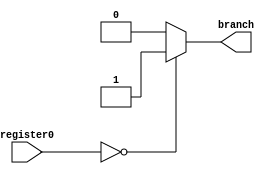
module branch_logic (input [7:0] register0, output reg branch);
	always@(register0)
		if (register0 == 8'b00000000)
		branch=1;
		else 
		branch=0;


endmodule